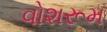
વોશરૂમ